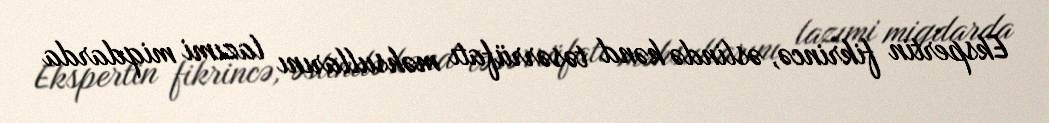
Ekspertin fikrincə, əslində kənd təsərrüfatı məhsullarını lazımi miqdarda